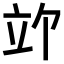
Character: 𫁞